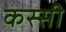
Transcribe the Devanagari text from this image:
कस्सी